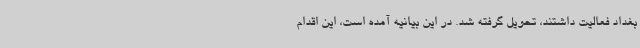
بغداد فعالیت داشتند، تحویل گرفته شد. در این بیانیه آمده است، این اقدام